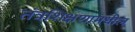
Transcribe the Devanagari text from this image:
तंत्रशिक्षणामधील